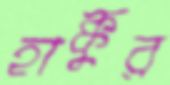
হাক্কুর